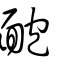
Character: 靤